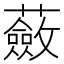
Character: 蘞